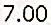
7.00